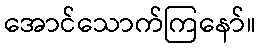
အောင်သောက်ကြနော်။